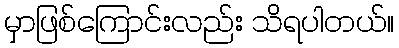
မှာဖြစ်ကြောင်းလည်း သိရပါတယ်။